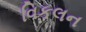
વિકલન